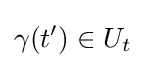
\gamma (t')\in U_{t}